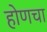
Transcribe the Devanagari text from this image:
होणचा